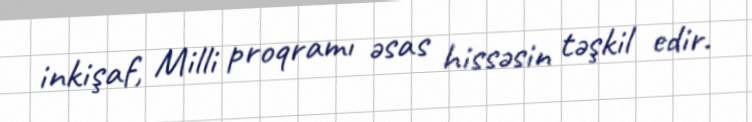
inkişaf, Milli proqramı əsas hissəsin təşkil edir.